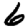
Digit: 6